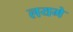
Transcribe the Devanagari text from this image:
लयमे